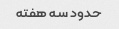
حدود سه هفته